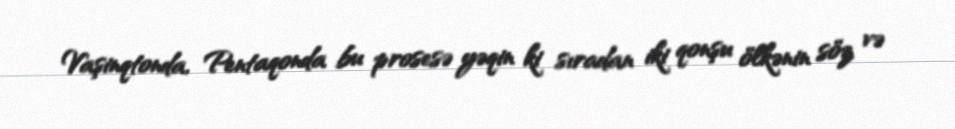
Vaşinqtonda, Pentaqonda bu prosesə yəqin ki sıradan iki qonşu ölkənin söz və